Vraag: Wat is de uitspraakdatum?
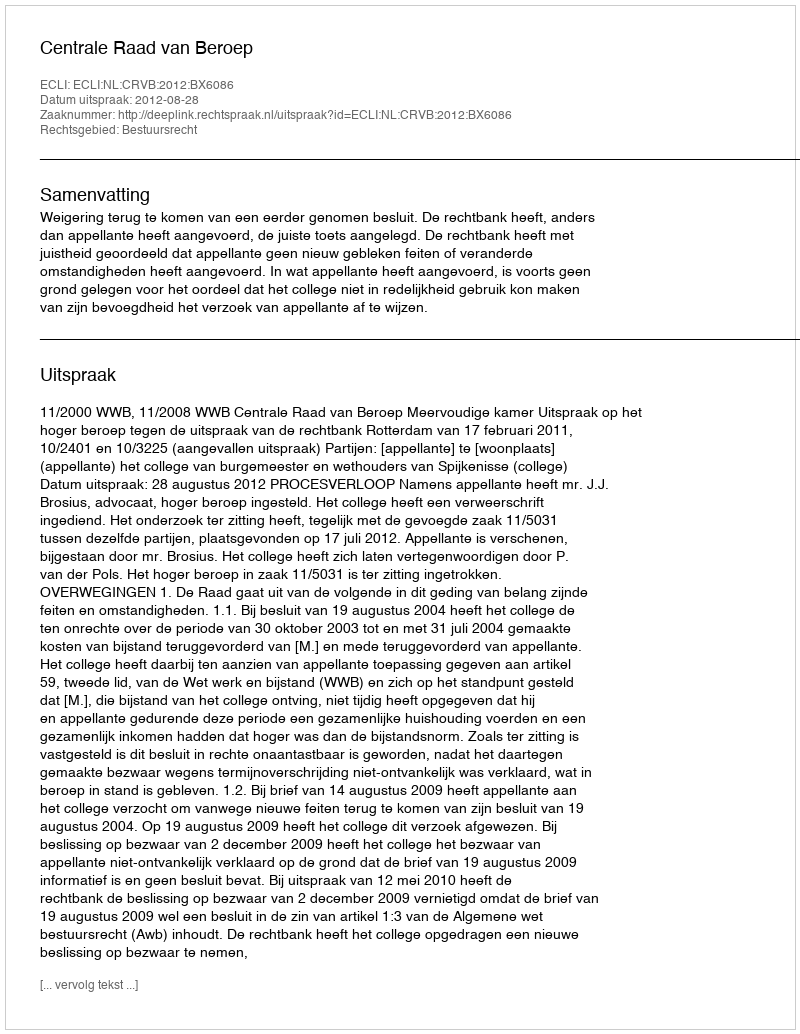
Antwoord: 2012-08-28